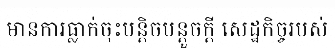
មានការធ្លាក់ចុះបន្តិចបន្តួចក្តី សេដ្ឋកិច្ចរបស់